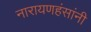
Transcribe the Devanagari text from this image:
नारायणहंसांनी